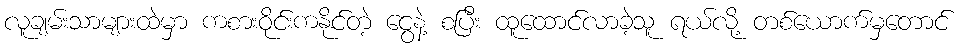
လူချမ်းသာများထဲမှာ ကစားဝိုင်းကနိုင်တဲ့ ငွေနဲ့ စပြီး ထူထောင်လာခဲ့သူ ရယ်လို့ တစ်ယောက်မှတောင်